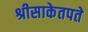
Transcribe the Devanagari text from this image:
श्रीसाकेतपते